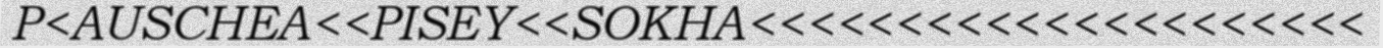
P<AUSCHEA<<PISEY<<SOKHA<<<<<<<<<<<<<<<<<<<<<